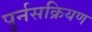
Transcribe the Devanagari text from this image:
पुर्नसक्रियण